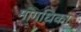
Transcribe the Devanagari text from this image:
मागधिका